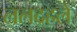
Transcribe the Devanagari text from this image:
ललद्रहले